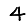
Digit: 4